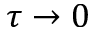
\tau \to 0